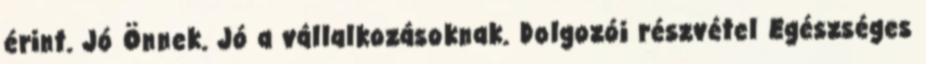
érint. Jó Önnek. Jó a vállalkozásoknak. Dolgozói részvétel Egészséges